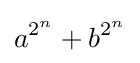
a^{2^{n}}+b^{2^{n}}